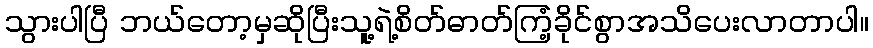
သွားပါပြီ ဘယ်တော့မှဆိုပြီးသူ့ရဲ့စိတ်ဓာတ်ကြံ့ခိုင်စွာအသိပေးလာတာပါ။